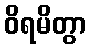
ဝိရမိတွာ